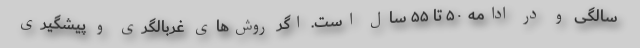
سالگی و در ادامه ۵۰ تا ۵۵ سال است. اگر روش‌های غربالگری و پیشگیری